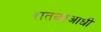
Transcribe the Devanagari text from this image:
शतकाआधी